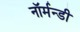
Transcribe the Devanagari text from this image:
नॉर्मन्डी